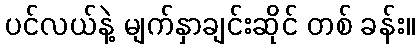
ပင်လယ်နဲ့ မျက်နှာချင်းဆိုင် တစ် ခန်း။